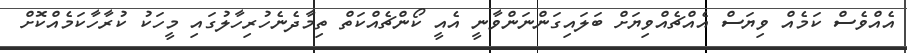
އެއްވެސް ކަމެއް ވިޔަސް އެއްޗެއްވިޔަށް ބަލައިގަންނަންވާނީ އެއީ ކޯންޗެއްކަތް ތިމާދެނެހުރިހާލުގައި މީހަކު ކުރާހާކަމެއްކޮށް